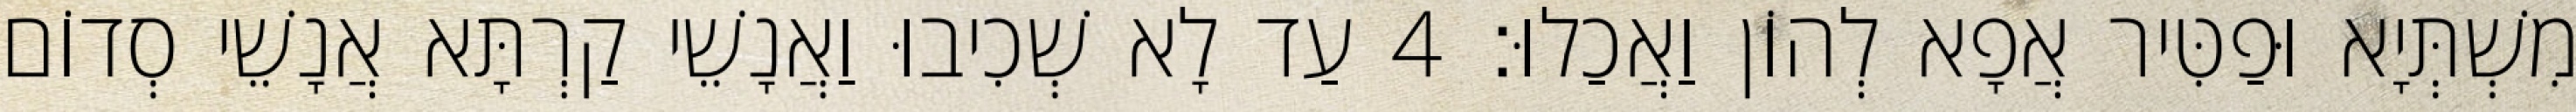
מִשְׁתְּיָא וּפַטִּיר אֲפָא לְהוֹן וַאֲכַלוּ׃ 4 עַד לָא שְׁכִיבוּ וַאֲנָשֵׁי קַרְתָּא אֲנָשֵׁי סְדוֹם